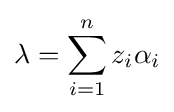
\lambda =\sum _{i=1}^{n}z_{i}\alpha _{i}